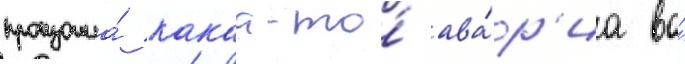
произошла́ какаа-то́ ава́р'иа во́